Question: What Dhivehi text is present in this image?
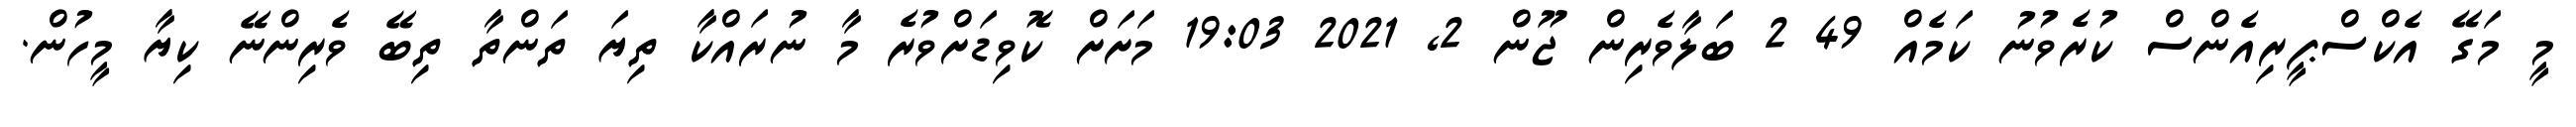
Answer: މީ މަގޭ އެކްސްޕީރިއެންސް ކުރެވުނު ކަމެއް 49 2 ބަލާވެރިން ޖޫން 2, 2021 19:03 މަށަށް ކޮވިޑަށްވުރެ މާ ނުރައްކާ ތިޔަ ތަންތާ ތިބޭ ވެރިންނޭ ކިޔާ މީހުން.